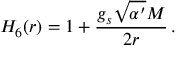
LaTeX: H _ { 6 } ( r ) = 1 + \frac { g _ { s } \sqrt { \alpha ^ { \prime } } M } { 2 r } \, .